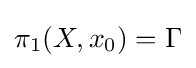
\pi _{1}(X,x_{0})=\Gamma